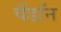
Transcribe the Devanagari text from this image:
चैंडॉन